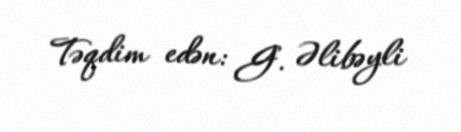
Təqdim edən: G. Əlibəyli